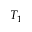
T _ { 1 }